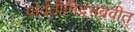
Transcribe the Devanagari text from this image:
पार्वतीमिदमब्रवीत्